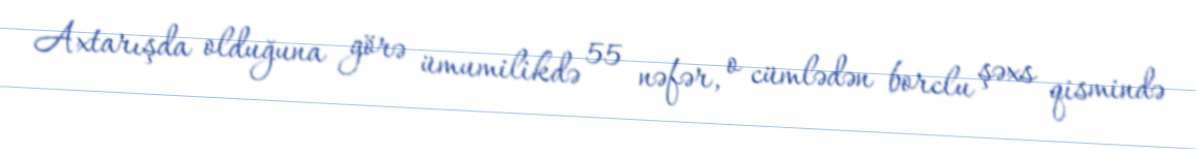
Axtarışda olduğuna görə ümumilikdə 55 nəfər, o cümlədən borclu şəxs qismində